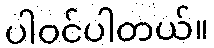
ပါဝင်ပါတယ်။